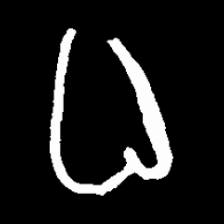
Pyu character \u2014 Myanmar letter: ဓ (romanized: dha)